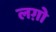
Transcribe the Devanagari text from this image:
लग़ो